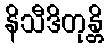
နိသီဒိတုန္တိ